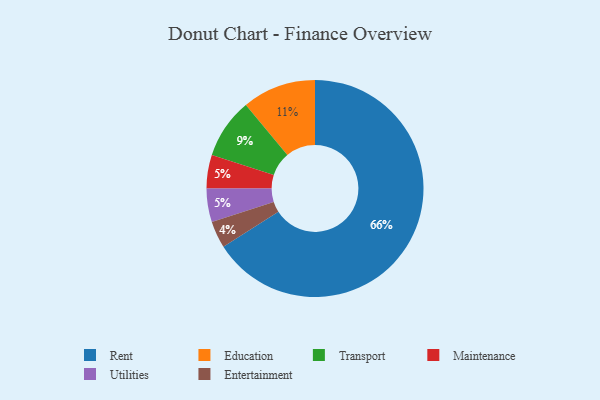
{"axis": {"x": "Category", "y": "Percentage"}, "legend": ["Education", "Entertainment", "Maintenance", "Rent", "Transport", "Utilities"], "data": [{"x": "Maintenance", "y": 5, "type": "Maintenance"}, {"x": "Education", "y": 11, "type": "Education"}, {"x": "Entertainment", "y": 4, "type": "Entertainment"}, {"x": "Transport", "y": 9, "type": "Transport"}, {"x": "Rent", "y": 66, "type": "Rent"}, {"x": "Utilities", "y": 5, "type": "Utilities"}]}